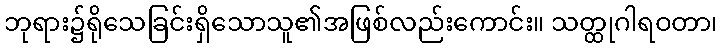
ဘုရား၌ရိုသေခြင်းရှိသောသူ၏အဖြစ်လည်းကောင်း။ သတ္ထုဂါရဝတာ၊